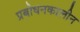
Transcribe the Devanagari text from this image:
प्रबोधनकालीन